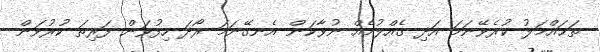
ތަޙައްމަލު ކުރެވޭނަމަ އަދި ގެއްލުމެއް ނުވާކަން އެނގޭނަމަ ރޯދަ ހިފުވަން ފަރިތަ ކުރުވަން